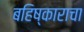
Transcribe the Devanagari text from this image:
बहिष्काराचा